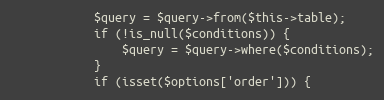
Language: PHP
            $query = $query->from($this->table);
            if (!is_null($conditions)) {
                $query = $query->where($conditions);
            }
            if (isset($options['order'])) {